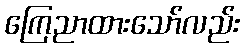
ကြေညာထားသော်လည်း